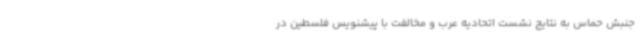
جنبش حماس به نتایج نشست اتحادیه عرب و مخالفت با پیشنویس فلسطین در